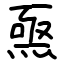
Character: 𤊅